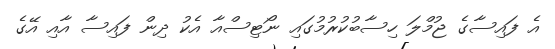
އެ ފައިސާގެ ޖުމްލަ ހިސާބުކުރުމުގައި ނޯޓިސްއާ އެކު ދިން ފައިސާ އާއި އޭގެ